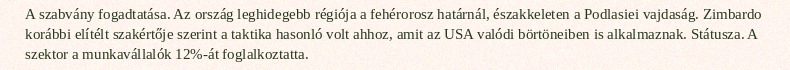
A szabvány fogadtatása. Az ország leghidegebb régiója a fehérorosz határnál, északkeleten a Podlasiei vajdaság. Zimbardo korábbi elítélt szakértője szerint a taktika hasonló volt ahhoz, amit az USA valódi börtöneiben is alkalmaznak. Státusza. A szektor a munkavállalók 12%-át foglalkoztatta.